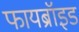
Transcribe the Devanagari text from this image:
फायब्रॉइड